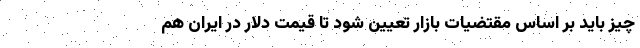
چیز باید بر اساس مقتضیات بازار تعیین شود تا قیمت دلار در ایران هم